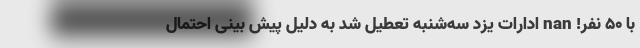
با 50 نفر! nan ادارات یزد سه‌شنبه تعطیل شد به دلیل پیش بینی احتمال